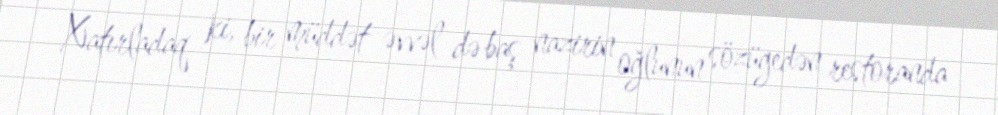
Xatırladaq ki, bir müddət əvvəl də baş nazirin oğlunun sözügedən restoranda